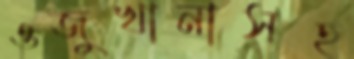
ওজুখানাসহ